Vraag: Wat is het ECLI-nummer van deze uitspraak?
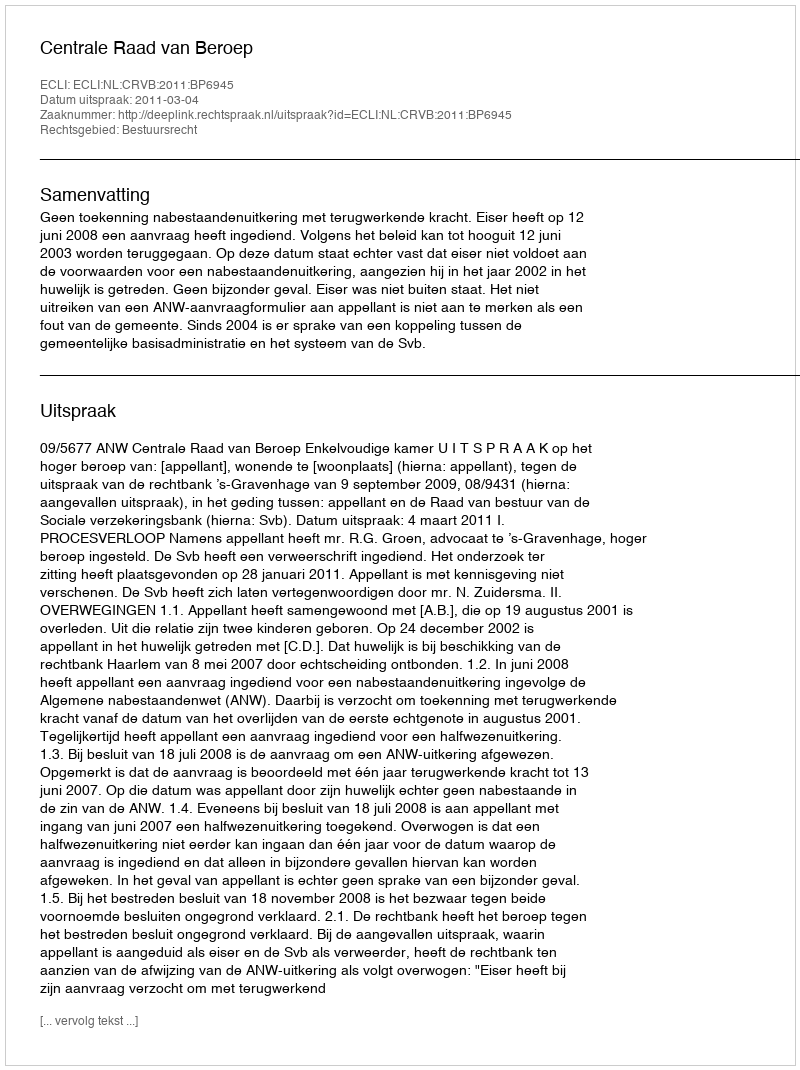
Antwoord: ECLI:NL:CRVB:2011:BP6945